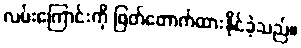
လမ်းကြောင်းကို ဖြတ်တောက်ထားနိုင်ခဲ့သည်။